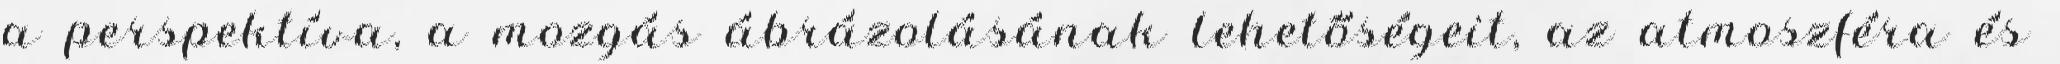
a perspektíva, a mozgás ábrázolásának lehetőségeit, az atmoszféra és